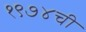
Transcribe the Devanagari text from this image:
१९७४ची